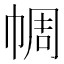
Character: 𢃖